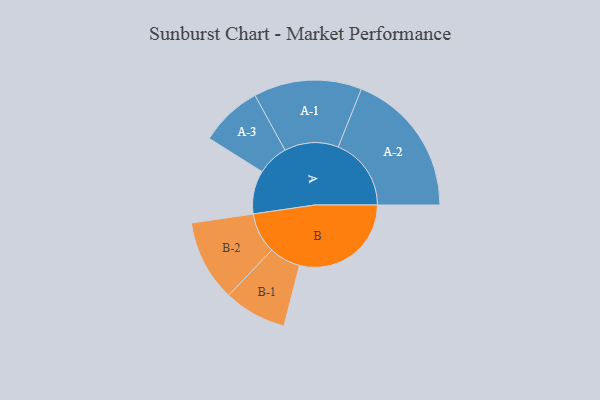
{"axis": {"x": "Segment", "y": "Value"}, "legend": ["", "A", "B"], "data": [{"x": "A", "y": 178, "type": ""}, {"x": "B", "y": 459, "type": ""}, {"x": "A-1", "y": 222, "type": "A"}, {"x": "A-2", "y": 300, "type": "A"}, {"x": "A-3", "y": 128, "type": "A"}, {"x": "B-1", "y": 129, "type": "B"}, {"x": "B-2", "y": 167, "type": "B"}]}